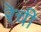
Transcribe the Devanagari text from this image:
रेची